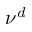
\nu ^ { d }